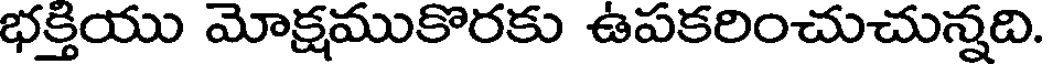
భక్తియు మోక్షముకొరకు ఉపకరించుచున్నది.